Lunatic asylums Burma 1907-21 - 1907-1921
Year: 1907
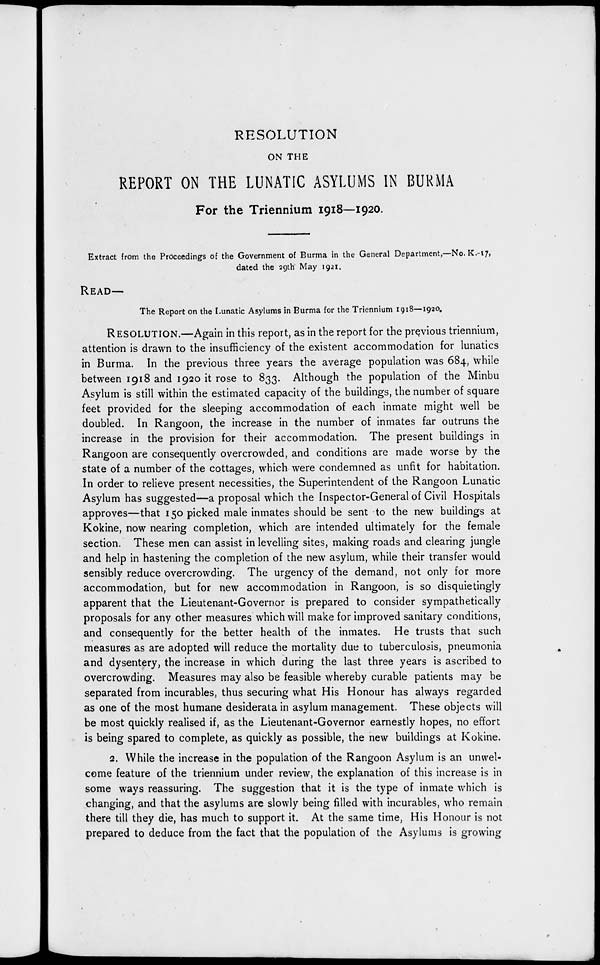
RESOLUTION
ON THE
REPORT ON THE LUNATIC ASYLUMS IN BURMA
For the Triennium 1918—1920.
Extract from the Proceedings of the Government of Burma in the General Department,—No. K.-17,
dated the 29th May 1921.
READ—
The Report on the Lunatic Asylums in Burma for the Triennium 1918—1920.
RESOLUTION.—Again in this report, as in the report for the previous triennium,
attention is drawn to the insufficiency of the existent accommodation for lunatics
in Burma. In the previous three years the average population was 684, while
between 1918 and 1920 it rose to 833. Although the population of the Minbu
Asylum is still within the estimated capacity of the buildings, the number of square
feet provided for the sleeping accommodation of each inmate might well be
doubled. In Rangoon, the increase in the number of inmates far outruns the
increase in the provision for their accommodation. The present buildings in
Rangoon are consequently overcrowded, and conditions are made worse by the
state of a number of the cottages, which were condemned as unfit for habitation.
In order to relieve present necessities, the Superintendent of the Rangoon Lunatic
Asylum has suggested—a proposal which the Inspector-General of Civil Hospitals
approves—that 150 picked male inmates should be sent to the new buildings at
Kokine, now nearing completion, which are intended ultimately for the female
section. These men can assist in levelling sites, making roads and clearing jungle
and help in hastening the completion of the new asylum, while their transfer would
sensibly reduce overcrowding. The urgency of the demand, not only for more
accommodation, but for new accommodation in Rangoon, is so disquietingly
apparent that the Lieutenant-Governor is prepared to consider sympathetically
proposals for any other measures which will make for improved sanitary conditions,
and consequently for the better health of the inmates. He trusts that such
measures as are adopted will reduce the mortality due to tuberculosis, pneumonia
and dysentery, the increase in which during the last three years is ascribed to
overcrowding. Measures may also be feasible whereby curable patients may be
separated from incurables, thus securing what His Honour has always regarded
as one of the most humane desiderata in asylum management. These objects will
be most quickly realised if, as the Lieutenant-Governor earnestly hopes, no effort
is being spared to complete, as quickly as possible, the new buildings at Kokine.
2. While the increase in the population of the Rangoon Asylum is an unwel-
come feature of the triennium under review, the explanation of this increase is in
some ways reassuring. The suggestion that it is the type of inmate which is
changing, and that the asylums are slowly being filled with incurables, who remain
there till they die, has much to support it. At the same time, His Honour is not
prepared to deduce from the fact that the population of the Asylums is growing